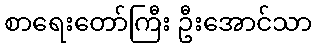
စာရေးတော်ကြီး ဦးအောင်သာ